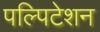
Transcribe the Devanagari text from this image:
पल्पिटेशन